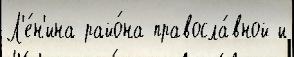
Л'е́н'ина райо́на правосла́вной и